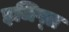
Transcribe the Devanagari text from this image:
इजिप्‍त